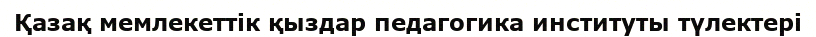
Қазақ мемлекеттік қыздар педагогика институты түлектері